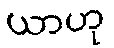
ယာဟု